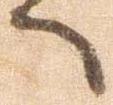
へ